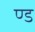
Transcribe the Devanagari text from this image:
ण्ड